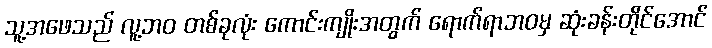
သူ့အဖေသည် လူ့ဘဝ တစ်ခုလုံး ကောင်းကျိုးအတွက် ရောက်ရာဘဝမှ ဆုံးခန်းတိုင်အောင်